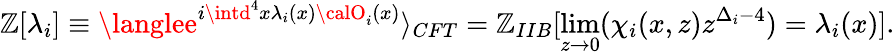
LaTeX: \mathbb{Z}[\lambda_{i}]\equiv\langlee^{i\intd^{4}x\lambda_{i}(x){\calO}_{i}(x)}\rangle_{CFT}=\mathbb{Z}_{IIB}[\operatorname*{lim}_{z\to0}(\chi_{i}(x,z)z^{\Delta_{i}-4})=\lambda_{i}(x)].